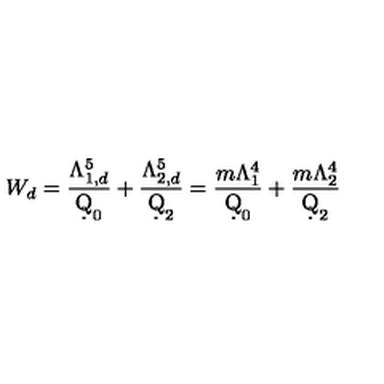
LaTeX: W _ { d } = \frac { \Lambda _ { 1 , d } ^ { 5 } } { \d Q _ { 0 } } + \frac { \Lambda _ { 2 , d } ^ { 5 } } { \d Q _ { 2 } } = \frac { m \Lambda _ { 1 } ^ { 4 } } { \d Q _ { 0 } } + \frac { m \Lambda _ { 2 } ^ { 4 } } { \d Q _ { 2 } }